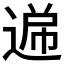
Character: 𮞧